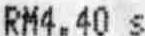
RM4.40 S